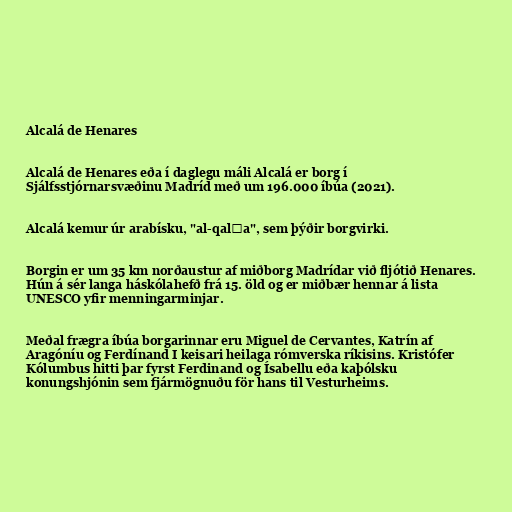
Alcalá de Henares

Alcalá de Henares eða í daglegu máli Alcalá er borg í
Sjálfsstjórnarsvæðinu Madríd með um 196.000 íbúa (2021).

Alcalá kemur úr arabísku, "al-qalʿa", sem þýðir borgvirki.

Borgin er um 35 km norðaustur af miðborg Madrídar við fljótið Henares.
Hún á sér langa háskólahefð frá 15. öld og er miðbær hennar á lista
UNESCO yfir menningarminjar.

Meðal frægra íbúa borgarinnar eru Miguel de Cervantes, Katrín af
Aragóníu og Ferdínand I keisari heilaga rómverska ríkisins. Kristófer
Kólumbus hitti þar fyrst Ferdinand og Ísabellu eða kaþólsku
konungshjónin sem fjármögnuðu för hans til Vesturheims.